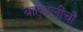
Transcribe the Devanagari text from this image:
बाहुबलींची